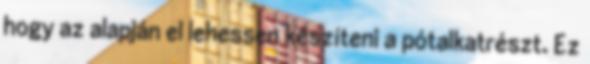
hogy az alapján el lehessen készíteni a pótalkatrészt. Ez